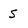
Character: S